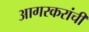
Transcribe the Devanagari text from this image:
आगरकरांची